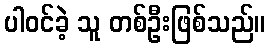
ပါဝင်ခဲ့ သူ တစ်ဦးဖြစ်သည်။